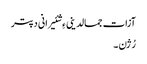
آزات جمالدینی ءِ شئیرانی دپتر
رُژن ۔